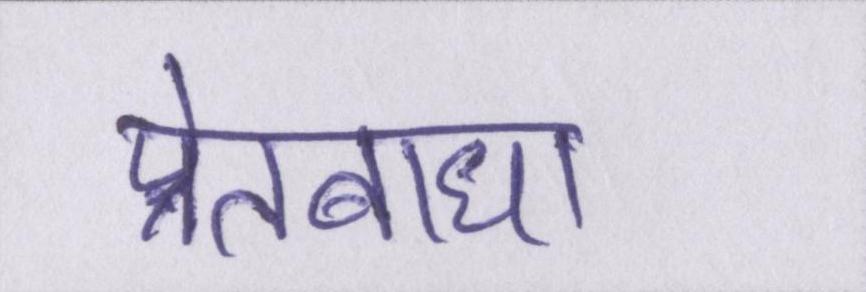
प्रेतबाधा